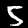
Digit: 5